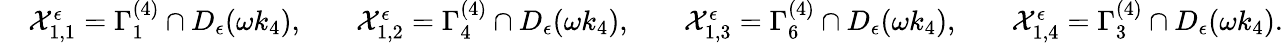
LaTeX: \begin{array}{rlrlrlrl}&{\mathcal{X}_{1,1}^{\epsilon}=\Gamma_{1}^{(4)}\cap D_{\epsilon}(\omega k_{4}),}&&{\mathcal{X}_{1,2}^{\epsilon}=\Gamma_{4}^{(4)}\cap D_{\epsilon}(\omega k_{4}),}&&{\mathcal{X}_{1,3}^{\epsilon}=\Gamma_{6}^{(4)}\cap D_{\epsilon}(\omega k_{4}),}&&{\mathcal{X}_{1,4}^{\epsilon}=\Gamma_{3}^{(4)}\cap D_{\epsilon}(\omega k_{4}).}\end{array}